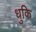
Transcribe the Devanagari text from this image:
धुकि